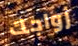
زواجك